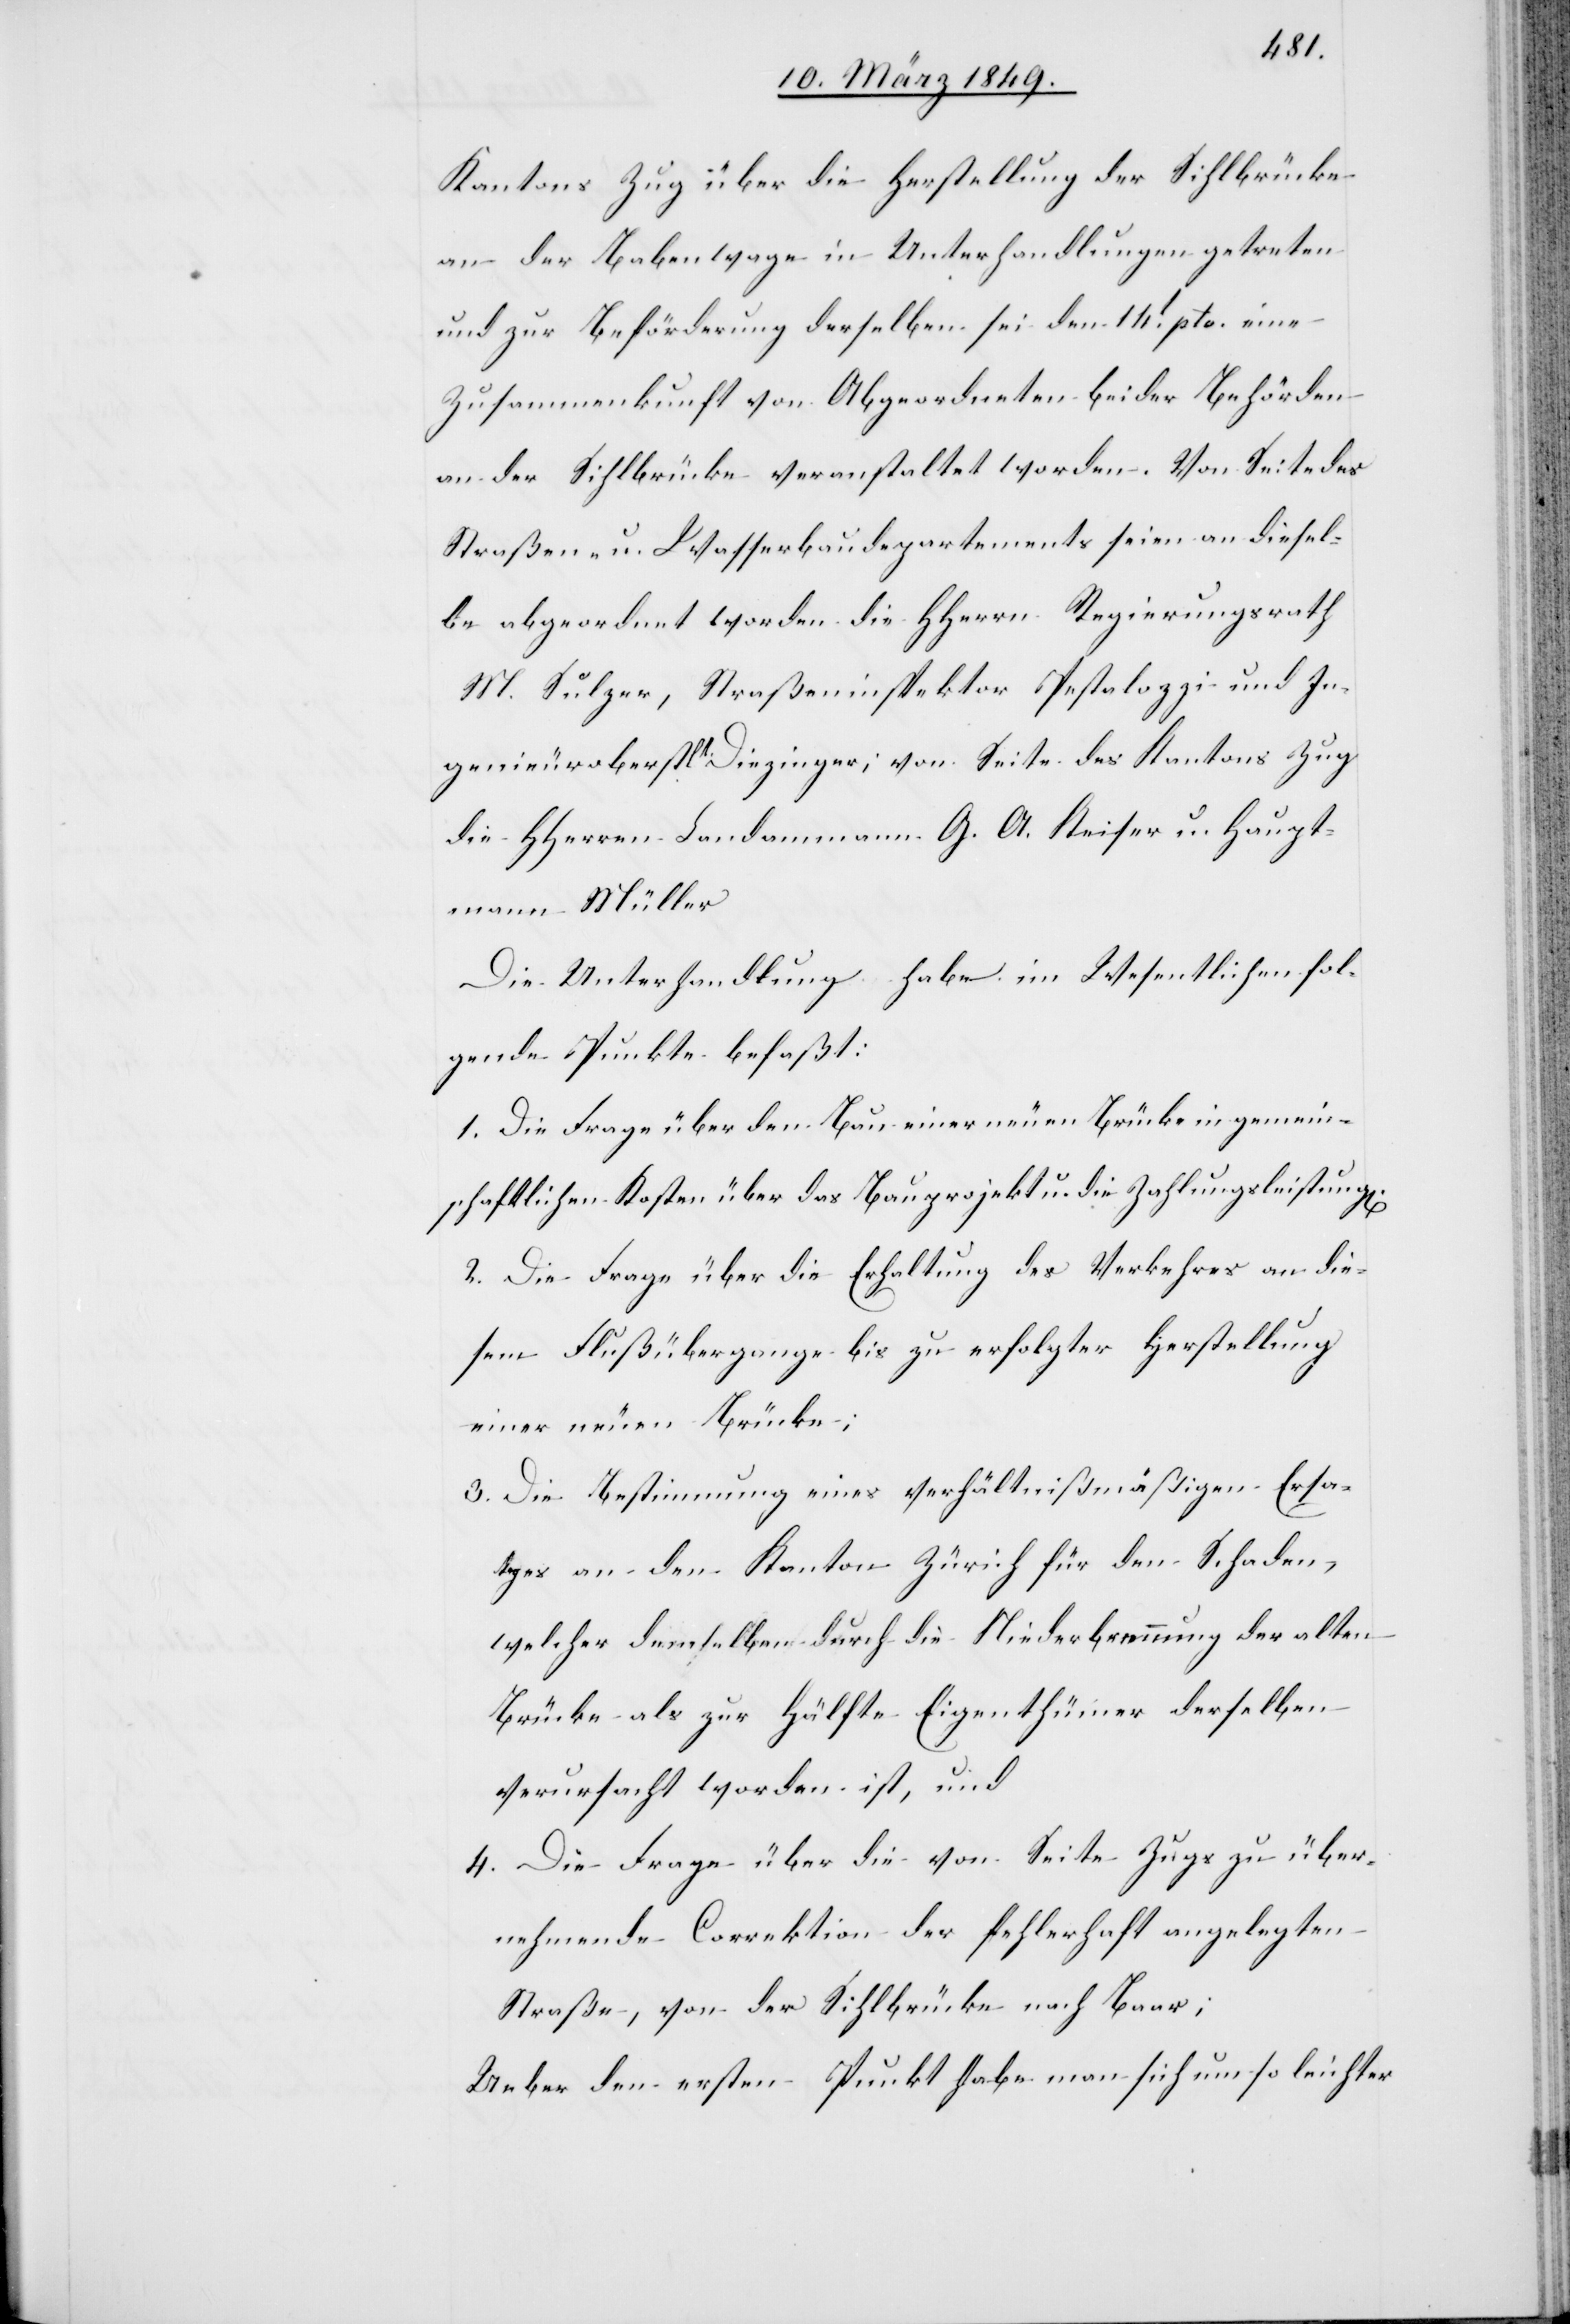
Kantons Zug über die Herstellung der Sihlbrücke
an der Babenwage in Unterhandlungen getreten
und zur Beförderung derselben sei den 14t. pto. eine
Zusammenkunft der Abgeordneten beider Behörden
an der Sihlbrücke veranstaltet worden. Von Seite des
Straßen- u. Wasserbaudepartements seien an diesel¬
be abgeordnet worden die HHerrn Regierungsrath
M. Sulzer, Straßeninspektor Pestalozzi und In¬
genieuroberstlt. Diezinger; von Seite des Kantons Zug
die HHerren Landammann G. A. Keiser u. Haupt¬
mann Müller.
Die Unterhandlung habe im Wesentlichen fol¬
gende Punkte befaßt:
1. Die Frage über den Bau einer neuen Brücke in gemein¬
schaftlichen Kosten über das Bauprojekt u. die Zahlungsleistung[en].
2. Die Frage über die Erhaltung des Verkehres an die¬
sem Flußübergange bis zu erfolgter Herstellung
einer neuen Brücke;
3. Die Bestimmung eines verhältnißmäßigen Ersa¬
tzes an den Kanton Zürich für den Schaden,
welcher demselben durch die Niederbrennung der alten
Brücke als zur Hälfte Eigenthümer derselben
verursacht worden ist, und
4. Die Frage über die von Seite Zugs zu über¬
nehmende Correktion der fehlerhaft angelegten
Straße, von der Sihlbrücke nach Baar;
Ueber den ersten Punkt habe man sich um so leichter